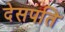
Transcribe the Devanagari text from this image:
देसपति